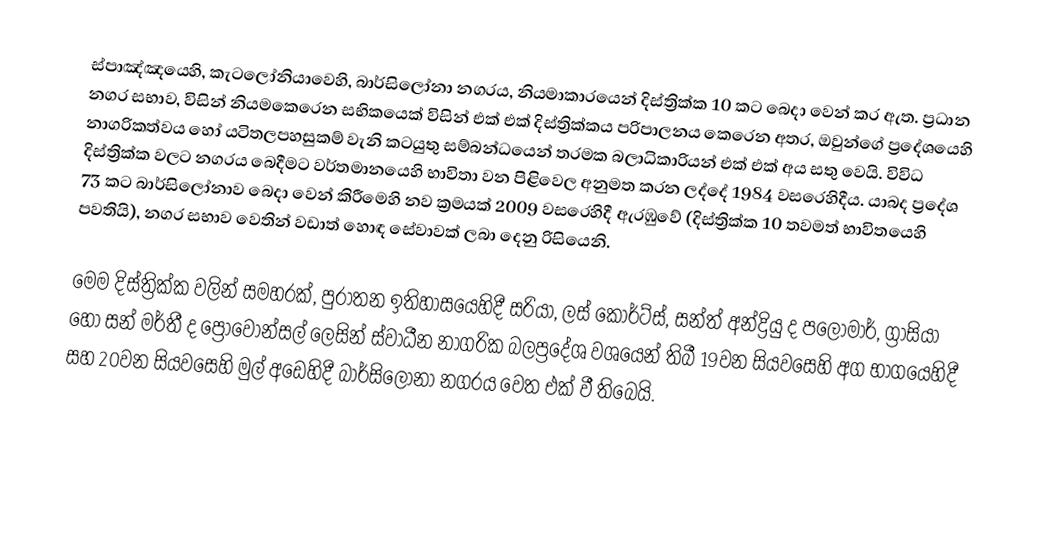
ස්පාඤ්ඤයෙහි, කැටලෝනියාවෙහි, බාර්සිලෝනා නගරය,  නියමාකාරයෙන්  දිස්ත්‍රික්ක 10 කට බෙදා වෙන් කර ඇත. ප්‍රධාන නගර සභාව, විසින් නියමකෙරෙන සභිකයෙක් විසින් එක් එක් දිස්ත්‍රික්කය පරිපාලනය කෙරෙන අතර, ඔවුන්ගේ ප්‍රදේශයෙහි  නාගරිකත්වය හෝ යටිතලපහසුකම් වැනි කටයුතු සම්බන්ධයෙන් තරමක බලාධිකාරියන් එක් එක් අය සතු වෙයි. විවිධ දිස්ත්‍රික්ක වලට නගරය බෙදීමට වර්තමානයෙහි භාවිතා වන පිළිවෙල අනුමත කරන ලද්දේ 1984 වසරෙහිදීය. යාබද ප්‍රදේශ 73 කට බාර්සිලෝනාව බෙදා වෙන් කිරීමෙහි නව ක්‍රමයක්  2009 වසරෙහිදී ඇරඹුවේ  (දිස්ත්‍රික්ක 10 තවමත් භාවිතයෙහි පවතියි), නගර සභාව වෙතින් වඩාත් හොඳ සේවාවක් ලබා දෙනු රිසියෙනි.

මෙම දිස්ත්‍රික්ක වලින් සමහරක්, පුරාතන ඉතිහාසයෙහිදී සරියා, ලස් කෝර්ට්ස්, සන්ත් අන්ද්‍රියු ද පලෝමාර්, ග්‍රාසියා හෝ සන් මර්තී ද ප්‍රොවොන්සල් ලෙසින් ස්වාධීන නාගරික බලප්‍රදේශ වශයෙන් තිබී 19වන සියවසෙහි අග භාගයෙහිදී සහ 20වන සියවසෙහි මුල් අඩෙහිදී  බාර්සිලෝනා නගරය වෙත එක් වී තිබෙයි.